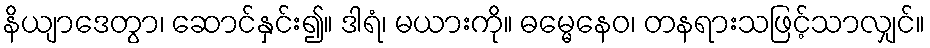
နိယျာဒေတွာ၊ ဆောင်နှင်း၍။ ဒါရံ၊ မယားကို။ ဓမ္မေနေဝ၊ တနရားသဖြင့်သာလျှင်။